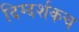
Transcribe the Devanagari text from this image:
दिग्दर्शकच